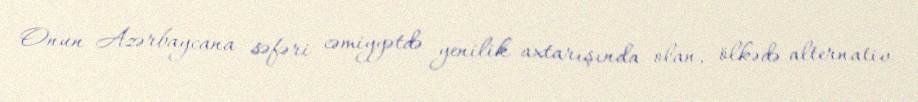
Onun Azərbaycana səfəri cəmiyyətdə yenilik axtarışında olan, ölkədə alternativ